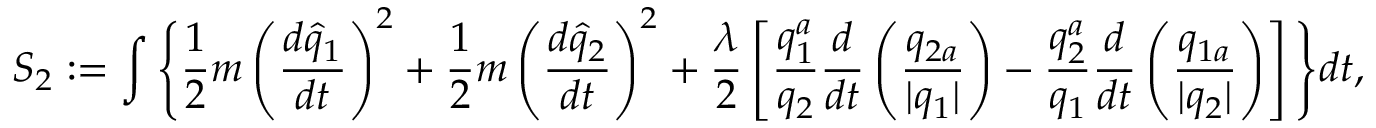
S _ { 2 } : = \int \Bigg \{ \frac { 1 } { 2 } m \left( \frac { d \widehat { q } _ { 1 } } { d t } \right) ^ { 2 } + \frac { 1 } { 2 } m \left( \frac { d \widehat { q } _ { 2 } } { d t } \right) ^ { 2 } + \frac { \lambda } { 2 } \left[ \frac { q _ { 1 } ^ { a } } { q _ { 2 } } \frac { d } { d t } \left( \frac { q _ { 2 a } } { \vert q _ { 1 } \vert } \right) - \frac { q _ { 2 } ^ { a } } { q _ { 1 } } \frac { d } { d t } \left( \frac { q _ { 1 a } } { \vert q _ { 2 } \vert } \right) \right] \Bigg \} d t ,